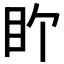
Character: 𬑅